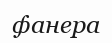
фанера